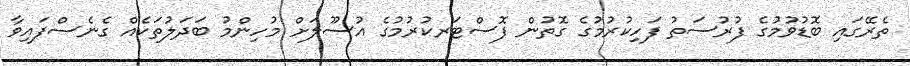
ތެރޭގައި ބޮޑުވުމުގެ ފުރުސަތު ފަހިކުރުމުގެ ގޮތުން ފޮސްޓަރކުރުމުގެ އުސޫލަށް މުހިންމު ބަދަލުތަކެއް ގެނެސްފައިވާ